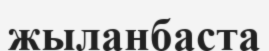
жыланбаста